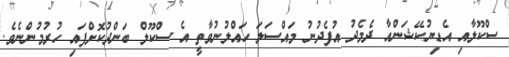
ސްކޫލާއި އެޑިޔުކޭޝަންއާ ދެމެދު އުފެދުނު މައްސަލަ ހައްލުނުވާތީ އެ ސްކޫލް ބަންދުކޮށްފައި ހުރުމުންނެވެ.